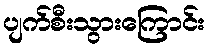
ပျက်စီးသွားကြောင်း